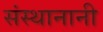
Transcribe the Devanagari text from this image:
संस्थानानी